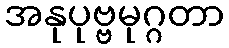
အနုပုဗ္ဗမုဂ္ဂတာ